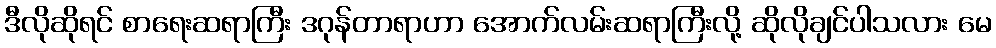
ဒီလိုဆိုရင် စာရေးဆရာကြီး ဒဂုန်တာရာဟာ အောက်လမ်းဆရာကြီးလို့ ဆိုလိုချင်ပါသလား မေ